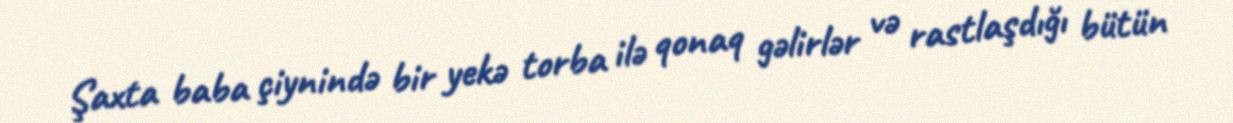
Şaxta baba çiynində bir yekə torba ilə qonaq gəlirlər və rastlaşdığı bütün